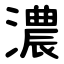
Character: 濃